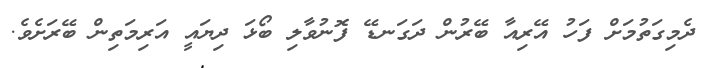
ދެމިގަތުމަށް ފަހު އޭރިއާ ބޭރުން ދަގަނޑޭ ފޮނުވާލި ބޯޅަ ދިޔައީ އަރިމަތިން ބޭރަށެވެ.